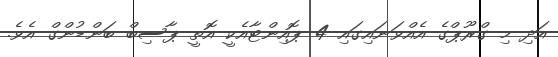
އަދި މި ގްރޫޕްގެ އެއްވަނައިގައި 4 ޕޮއިންޓާއެކީ އޮތީ ޕާސިބް ބަންޑުންގް އެވެ.